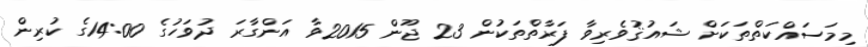
މިމަސައްކަތްތަކަށް ޝައުޤުވެރިވާ ފަރާތްތަކުން 23 ޖޫން 2015ވާ އަންގާރަ ދުވަހުގެ 14:00ގެ ކުރިން